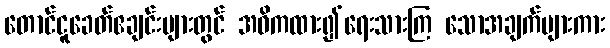
တောင်ငူခေတ်ဧချင်းများတွင် အဓိကထား၍ရေးသားကြ သောအချက်များကား